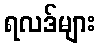
ရလဒ်များ